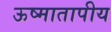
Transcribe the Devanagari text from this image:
ऊष्मातापीय